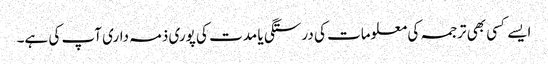
ایسے کسی بھی ترجمہ کی معلومات کی درستگی یا مدت کی پوری ذمہ داری آپ کی ہے۔